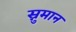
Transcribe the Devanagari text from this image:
स्नुमान